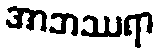
အာဘဿရာ